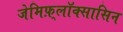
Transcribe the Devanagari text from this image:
जेमिफ़्लॉक्सासिन